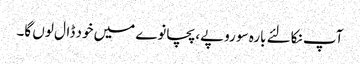
آپ نکالئے بارہ سو روپے، پچانوے میں خود ڈال لوں گا۔